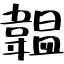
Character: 韞